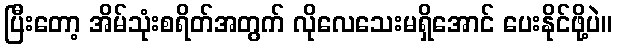
ပြီးတော့ အိမ်သုံးစရိတ်အတွက် လိုလေသေးမရှိအောင် ပေးနိုင်ဖို့ပဲ။